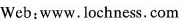
Web:www.Lochness. Com